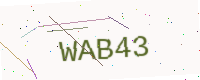
Text: WAB43